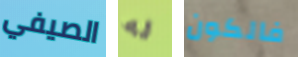
الصيفي له فالكون